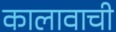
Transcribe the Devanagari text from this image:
कालावाची